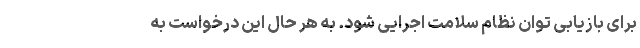
برای بازیابی توان نظام سلامت اجرایی شود. به هر حال این درخواست به